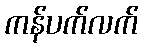
ကန်ပက်လက်